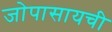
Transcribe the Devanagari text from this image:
जोपासायची